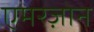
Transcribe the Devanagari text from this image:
एमरज़ोन